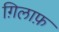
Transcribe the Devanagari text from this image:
ग़िलाफ़